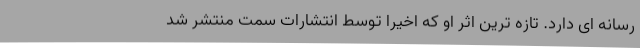
رسانه ای دارد. تازه ترین اثر او که اخیرا توسط انتشارات سمت منتشر شد